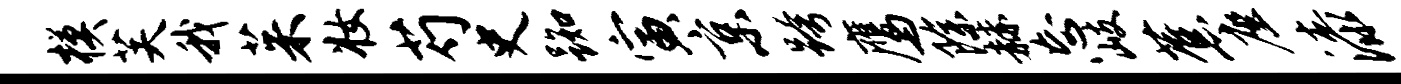
模芙我茱妆芍史踟寅京跨鹰除赫忘岐蕉座漆